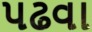
પઢવા